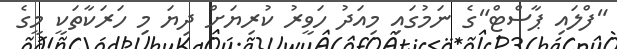
"ފްލައި ޕާސްޓް"ގެ ނަމުގައި މިއަދު ހަވީރު ކުރިޔަށް ދިޔަ މި ހަރަކާތަކީ މީގެ